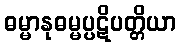
ဓမ္မာနုဓမ္မပ္ပဋိပတ္တိယာ